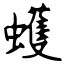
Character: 蠖